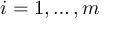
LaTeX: i = 1 , \ldots , m